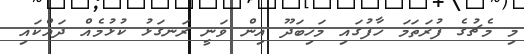
މި މެޗުގެ ފުރަތަމަ ހާފުގައި މަހިބަދޫ އިން ވަނީ ރަނގަޅު ކުޅުމެއް ދައްކައި